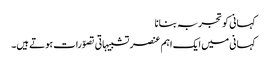
کہانی کو تجربہ بنانا
کہانی میں ایک اہم عنصر تشبیہاتی تصوّرات ہوتے ہیں۔